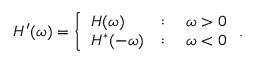
H ^ { \prime } ( \omega ) = \left\{ \begin{array} { l l } { H ( \omega ) } & { : \quad \omega > 0 } \\ { H ^ { * } ( - \omega ) } & { : \quad \omega < 0 } \end{array} \right. .